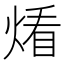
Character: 𱫨